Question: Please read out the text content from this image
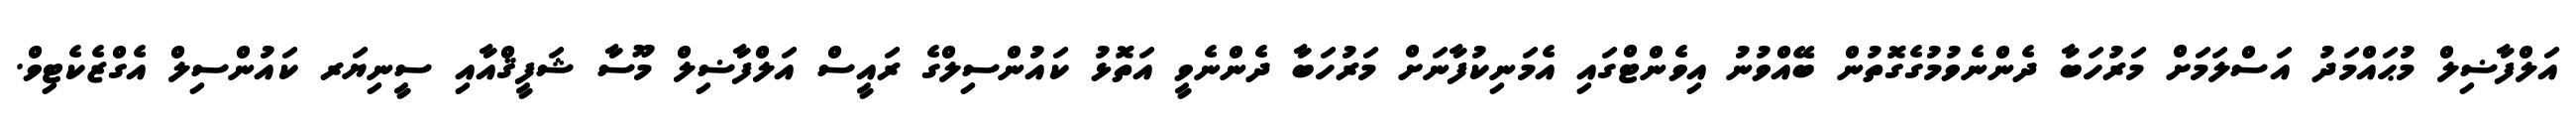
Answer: އަލްފާޟިލް މުޙައްމަދު އަސްލަމަށް މަރުހަބާ ދެންނެވުމުގެގޮތުން ބޭއްވުނު އިވެންޓްގައި އެމަނިކުފާނަށް މަރުހަބާ ދެންނެވީ އަތޮޅު ކައުންސިލްގެ ރައީސް އަލްފާޟިލް މޫސާ ޝަފީޤްއާއި ސީނިޔަރ ކައުންސިލް އެގްޒެކެޓިވް.